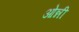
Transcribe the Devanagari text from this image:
ओन्नी